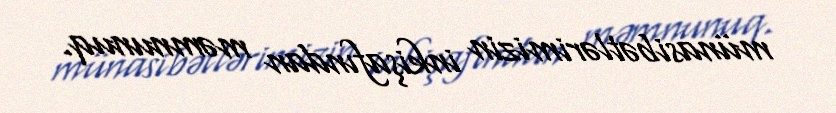
münasibətlərimizin inkişafından məmnunuq.